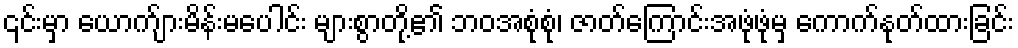
၎င်းမှာ ယောက်ျားမိန်းမပေါင်း များစွာတို့၏ ဘဝအစုံစုံ၊ ဇာတ်ကြောင်းအဖုံဖုံမှ ကောက်နုတ်ထားခြင်း